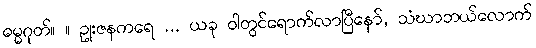
ဓမ္မဂုတ်။ ။ ဥုးဇနကရေ ... ယခု ဝါတွင်ရောက်လာပြီနော်, သံဃာဘယ်လောက်